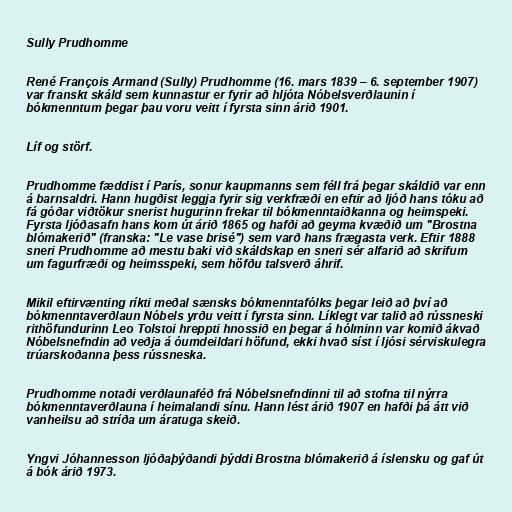
Sully Prudhomme

René François Armand (Sully) Prudhomme (16. mars 1839 – 6. september 1907)
var franskt skáld sem kunnastur er fyrir að hljóta Nóbelsverðlaunin í
bókmenntum þegar þau voru veitt í fyrsta sinn árið 1901.

Líf og störf.

Prudhomme fæddist í París, sonur kaupmanns sem féll frá þegar skáldið var enn
á barnsaldri. Hann hugðist leggja fyrir sig verkfræði en eftir að ljóð hans tóku að
fá góðar viðtökur snerist hugurinn frekar til bókmenntaiðkanna og heimspeki.
Fyrsta ljóðasafn hans kom út árið 1865 og hafði að geyma kvæðið um "Brostna
blómakerið" (franska: "Le vase brisé") sem varð hans frægasta verk. Eftir 1888
sneri Prudhomme að mestu baki við skáldskap en sneri sér alfarið að skrifum
um fagurfræði og heimsspeki, sem höfðu talsverð áhrif.

Mikil eftirvænting ríkti meðal sænsks bókmenntafólks þegar leið að því að
bókmenntaverðlaun Nóbels yrðu veitt í fyrsta sinn. Líklegt var talið að rússneski
rithöfundurinn Leo Tolstoi hreppti hnossið en þegar á hólminn var komið ákvað
Nóbelsnefndin að veðja á óumdeildari höfund, ekki hvað síst í ljósi sérviskulegra
trúarskoðanna þess rússneska.

Prudhomme notaði verðlaunaféð frá Nóbelsnefndinni til að stofna til nýrra
bókmenntaverðlauna í heimalandi sínu. Hann lést árið 1907 en hafði þá átt við
vanheilsu að stríða um áratuga skeið.

Yngvi Jóhannesson ljóðaþýðandi þýddi Brostna blómakerið á íslensku og gaf út
á bók árið 1973.